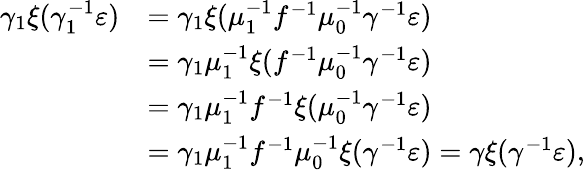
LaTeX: \begin{array}{rl}{\gamma_{1}\xi(\gamma_{1}^{-1}\varepsilon)}&{=\gamma_{1}\xi(\mu_{1}^{-1}f^{-1}\mu_{0}^{-1}\gamma^{-1}\varepsilon)}\\ &{=\gamma_{1}\mu_{1}^{-1}\xi(f^{-1}\mu_{0}^{-1}\gamma^{-1}\varepsilon)}\\ &{=\gamma_{1}\mu_{1}^{-1}f^{-1}\xi(\mu_{0}^{-1}\gamma^{-1}\varepsilon)}\\ &{=\gamma_{1}\mu_{1}^{-1}f^{-1}\mu_{0}^{-1}\xi(\gamma^{-1}\varepsilon)=\gamma\xi(\gamma^{-1}\varepsilon),}\end{array}